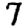
Digit: 7